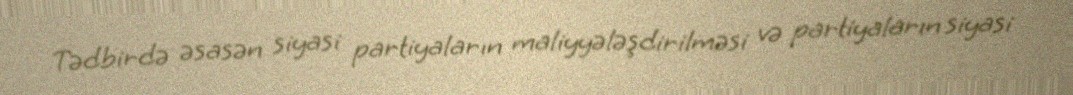
Tədbirdə əsasən siyasi partiyaların maliyyələşdirilməsi və partiyaların siyasi